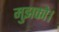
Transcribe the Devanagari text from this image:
मुझको।